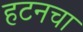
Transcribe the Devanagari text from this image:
हटनचा